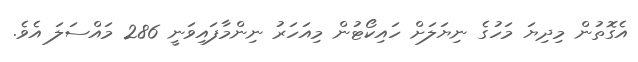
އެގޮތުން މިދިޔަ މަހުގެ ނިޔަލަށް ހައިކޯޓުން މިއަހަރު ނިންމާފައިވަނީ 286 މައްސަލަ އެެވެ.